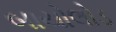
બાયોલોડ